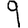
Digit: 9